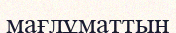
мағлұматтың